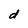
Character: d